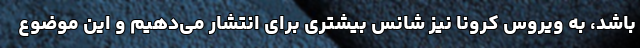
باشد، به ویروس کرونا نیز شانس بیشتری برای انتشار می‌دهیم و این موضوع